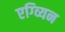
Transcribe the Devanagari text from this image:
एग्व्यिन